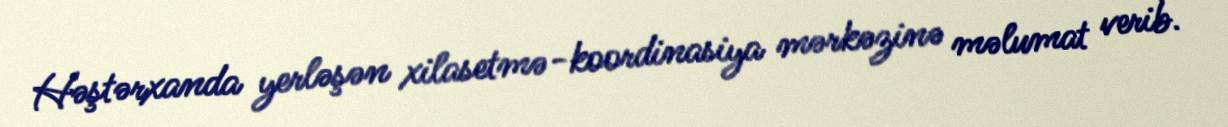
Həştərxanda yerləşən xilasetmə-koordinasiya mərkəzinə məlumat verib.